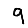
Digit: 9